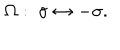
\Omega : \; \sigma \leftrightarrow - \sigma .